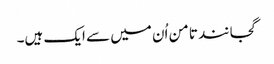
گجانند تامن اُن میں سے ایک ہیں۔